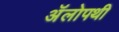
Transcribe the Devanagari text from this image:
अॅलोपथी